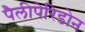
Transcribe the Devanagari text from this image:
पैलीपेरिडोन